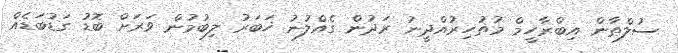
ސުލްޠާން އިބްރާހީމް މުޡުހިރުއްދީނު ރަދުން ގެއްލުނު ޚަބަރު ލިބުމުން ވަރަށް ބޮޑު ގަޑުބަޑެއް